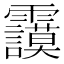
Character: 𩇅